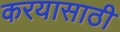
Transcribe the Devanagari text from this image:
करयासाठी